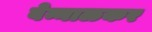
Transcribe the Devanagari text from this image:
बेन्नाळकर